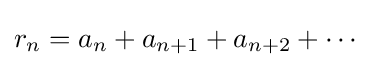
r_{n}=a_{n}+a_{n+1}+a_{n+2}+\cdots